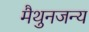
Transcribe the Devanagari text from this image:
मैथुनजन्य